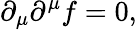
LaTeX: \partial_{\mu}\partial^{\mu}f=0,